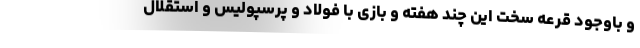
و باوجود قرعه سخت این چند هفته و بازی با فولاد و پرسپولیس و استقلال